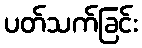
ပတ်သက်ခြင်း